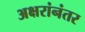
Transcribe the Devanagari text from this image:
अक्षरांनंतर